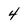
Character: 4